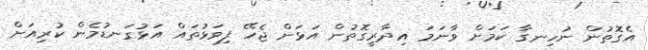
އެގޮތުން ނުހިނގާ ކަމަށް ވާނަމަ އިދާރީގޮތުން އަޅަން ޖެހޭ ފިވަޅުތައް އަޅުގަނޑުމެން ކުރިއަށް